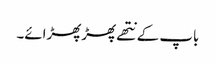
باپ کے نتھے پھڑپھڑائے۔